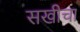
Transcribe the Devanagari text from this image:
सखीचा